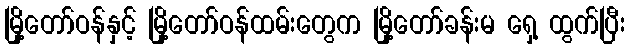
မြို့တော်ဝန်နှင့် မြို့တော်ဝန်ထမ်းတွေက မြို့တော်ခန်းမ ရှေ့ ထွက်ပြီး